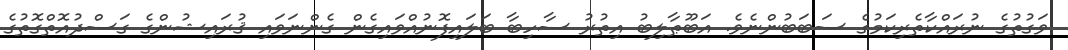
ވަގުތުގެ ނުރައްކާތެރިކަމުގެ ސަބަބުންނެވެ. އަބޫޠާލިބު އިތުރު ސާހިބާ ބަލައިފޮނުއްވައިގެން ގެންނަވައި ޤުރައިޝުންގެ ގަސްދުއޮތްގޮތުގެ